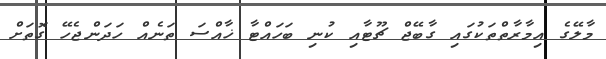
މާލޭގެ އިމާރާތްތަކުގައި ގާބޭޖް ޗޫޓާއި ކުނި ބަހައްޓާ ޚާއްސަ ތަނެއް ހަދަންޖެހޭ ގޮތަށް